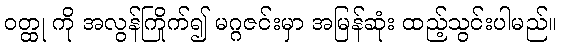
ဝတ္ထု ကို အလွန်ကြိုက်၍ မဂ္ဂဇင်းမှာ အမြန်ဆုံး ထည့်သွင်းပါမည်။